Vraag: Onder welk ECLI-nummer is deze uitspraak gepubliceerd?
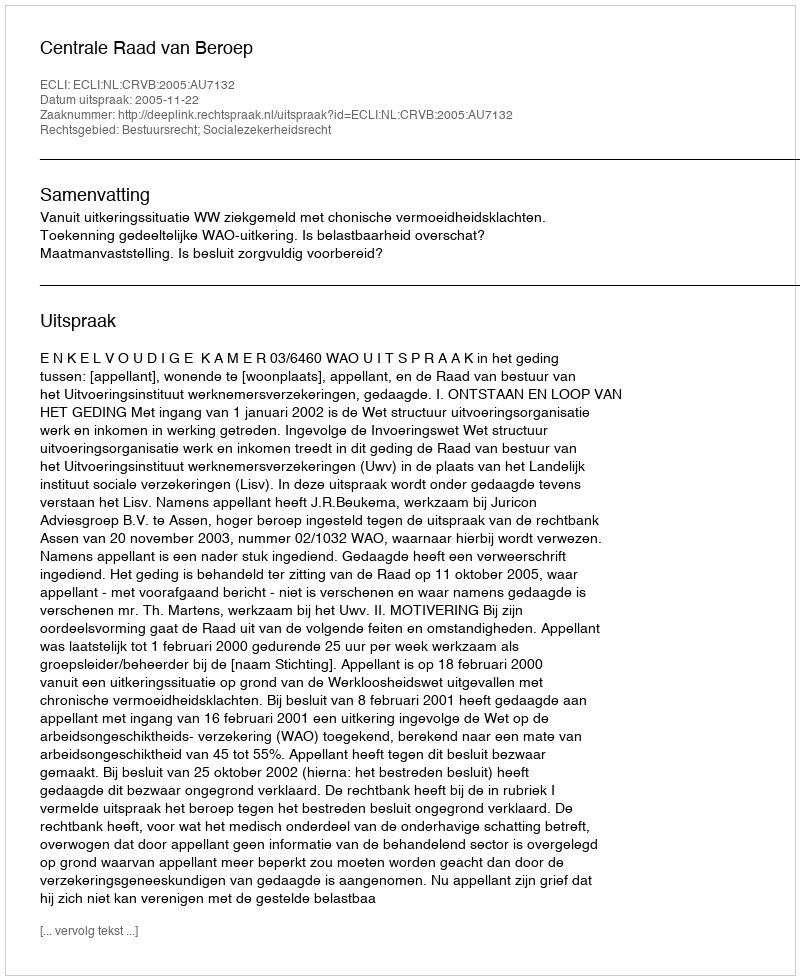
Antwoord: ECLI:NL:CRVB:2005:AU7132